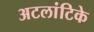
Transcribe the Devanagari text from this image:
अटलांटिके